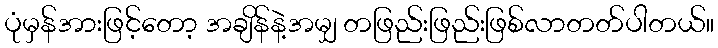
ပုံမှန်အားဖြင့်တော့ အချိန်နဲ့အမျှ တဖြည်းဖြည်းဖြစ်လာတတ်ပါတယ်။